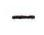
-